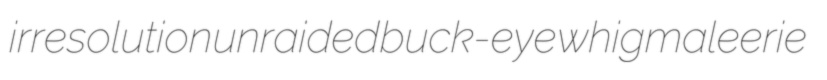
irresolution unraided buck-eye whigmaleerie